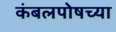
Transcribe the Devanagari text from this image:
कंबलपोषच्या